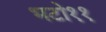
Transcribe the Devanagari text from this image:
भटो११